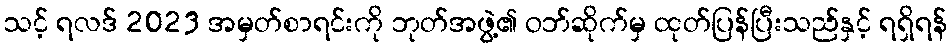
သင့် ရလဒ် 2023 အမှတ်စာရင်းကို ဘုတ်အဖွဲ့၏ ဝဘ်ဆိုက်မှ ထုတ်ပြန်ပြီးသည်နှင့် ရရှိရန်